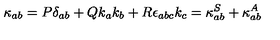
\kappa _ { a b } = P \delta _ { a b } + Q k _ { a } k _ { b } + R \epsilon _ { a b c } k _ { c } = \kappa _ { a b } ^ { S } + \kappa _ { a b } ^ { A }